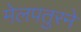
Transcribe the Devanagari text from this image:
मेलपतुरने